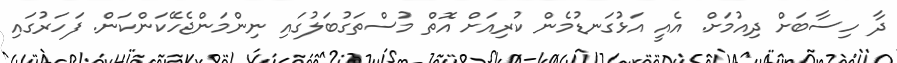
ދާ ހިސާބަށް ދިއުމަށް. އެއީ އަޅުގަނޑުމެން ކުރިއަށް އޮތް މުސްތަގުބަލުގައި ނިންމަންޖެހޭކަންކަން. ފަހަރުގައި